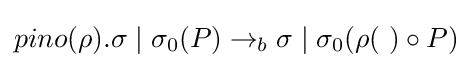
pino(\rho ).\sigma \mid \sigma _{0}(P)\rightarrow _{b}\sigma \mid \sigma _{0}(\rho (~)\circ P)